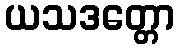
ယသဒတ္တော